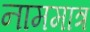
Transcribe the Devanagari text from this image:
नाममात्रं